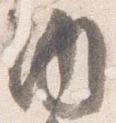
内